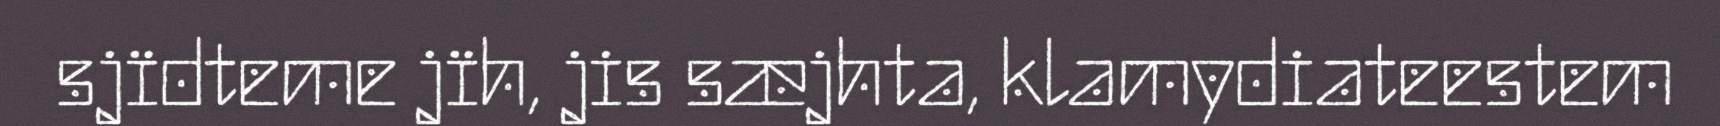
sjïdteme jïh, jis sæjhta, klamydiateestem